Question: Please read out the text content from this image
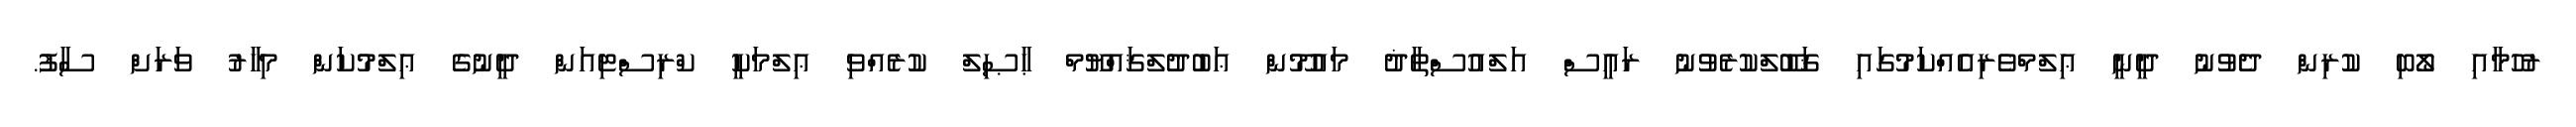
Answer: ރުހުމާއި ލޯބި ކުރިން ދެވުނު ދީނީ ޢިލްމްވެރިއެއްކަމުގައި ޤަބޫލްކުރެވުނު ރައީސް އަލްއުސްތާޛު މައުމޫން ޢަބުދުލްޤައްޔޫމް ޙާޞިލް ކުރެއްވި ޢިލްމަކީ ކްރިސްޓިއަން ދީނުގެ ޢިލްމުކަން މިހާރު ވަރަށް ސާފު.